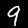
Digit: 9